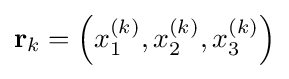
\mathbf {r} _{k}=\left(x_{1}^{(k)},x_{2}^{(k)},x_{3}^{(k)}\right)